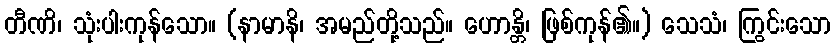
တီဏိ၊ သုံးပါးကုန်သော။ (နာမာနိ၊ အမည်တို့သည်။ ဟောန္တိ၊ ဖြစ်ကုန်၏။) သေသံ၊ ကြွင်းသော